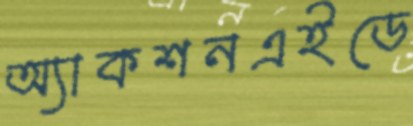
অ্যাকশনএইডে